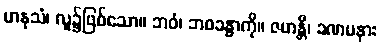
မာနုသံ၊ လူ၌ဖြစ်သော။ ဘဝံ၊ ဘဝခန္ဓာကို။ ဇဟန္တိ၊ ခဏမနား